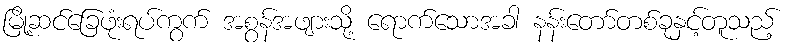
မြို့ဆင်ခြေဖုံးရပ်ကွက် အစွန်အဖျားသို့ ရောက်သောအခါ နန်းတော်တစ်ခုနှင့်တူသည့်